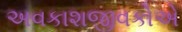
અવકાશજીવકોએ